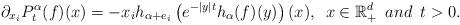
LaTeX: \begin{align*}\partial_{x_i}P_t^\alpha(f)(x)=-x_ih_{\alpha+e_i}\left(e^{-|y|t}h_\alpha(f)(y)\right)(x),\,\,\,x\in \mathbb{R}_+^d\,\,\,and\,\,\,t>0.\end{align*}